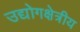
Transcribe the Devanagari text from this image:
उद्योगक्षेत्रीय